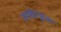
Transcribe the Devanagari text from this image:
जमशेटपूरला